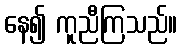
နေ၍ ကူညီကြသည်။